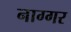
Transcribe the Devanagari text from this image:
नाग्गर